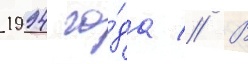
1994 го́да // В